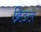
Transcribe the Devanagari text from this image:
ब्रिडल